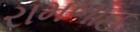
રામભાઈ